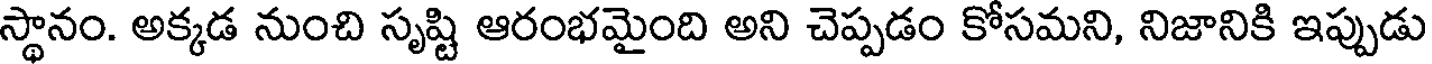
స్థానం. అక్కడ నుంచి సృష్టి ఆరంభమైంది అని చెప్పడం కోసమని, నిజానికి ఇప్పుడు